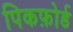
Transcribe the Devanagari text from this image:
पिकफ़ोर्ड